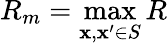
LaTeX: R_{m}=\operatorname*{max}_{\mathbf{x},\mathbf{x}^{\prime}\in S}R